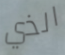
الذي